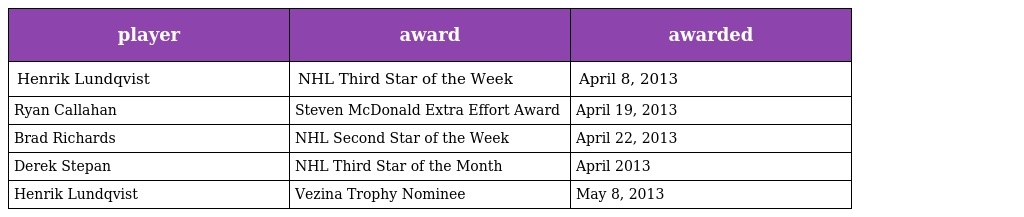
| player | award | awarded |
 | --- | --- | --- |
 | Henrik Lundqvist | NHL Third Star of the Week | April 8, 2013 |
 | Ryan Callahan | Steven McDonald Extra Effort Award | April 19, 2013 |
 | Brad Richards | NHL Second Star of the Week | April 22, 2013 |
 | Derek Stepan | NHL Third Star of the Month | April 2013 |
 | Henrik Lundqvist | Vezina Trophy Nominee | May 8, 2013 |